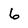
Character: 6